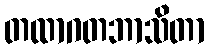
တထာဂတဘာသိတာ